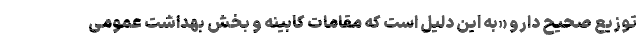
توزیع صحیح دارو «به این دلیل است که مقامات کابینه و بخش بهداشت عمومی